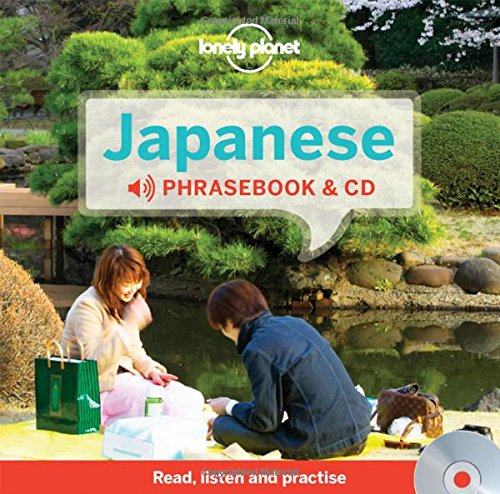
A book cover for Lonely Planet Japanese Phrasebook and Audio CD (Lonely Planet Phrasebooks); Lonely Planet; Travel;